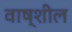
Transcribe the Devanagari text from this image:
वाष्शील